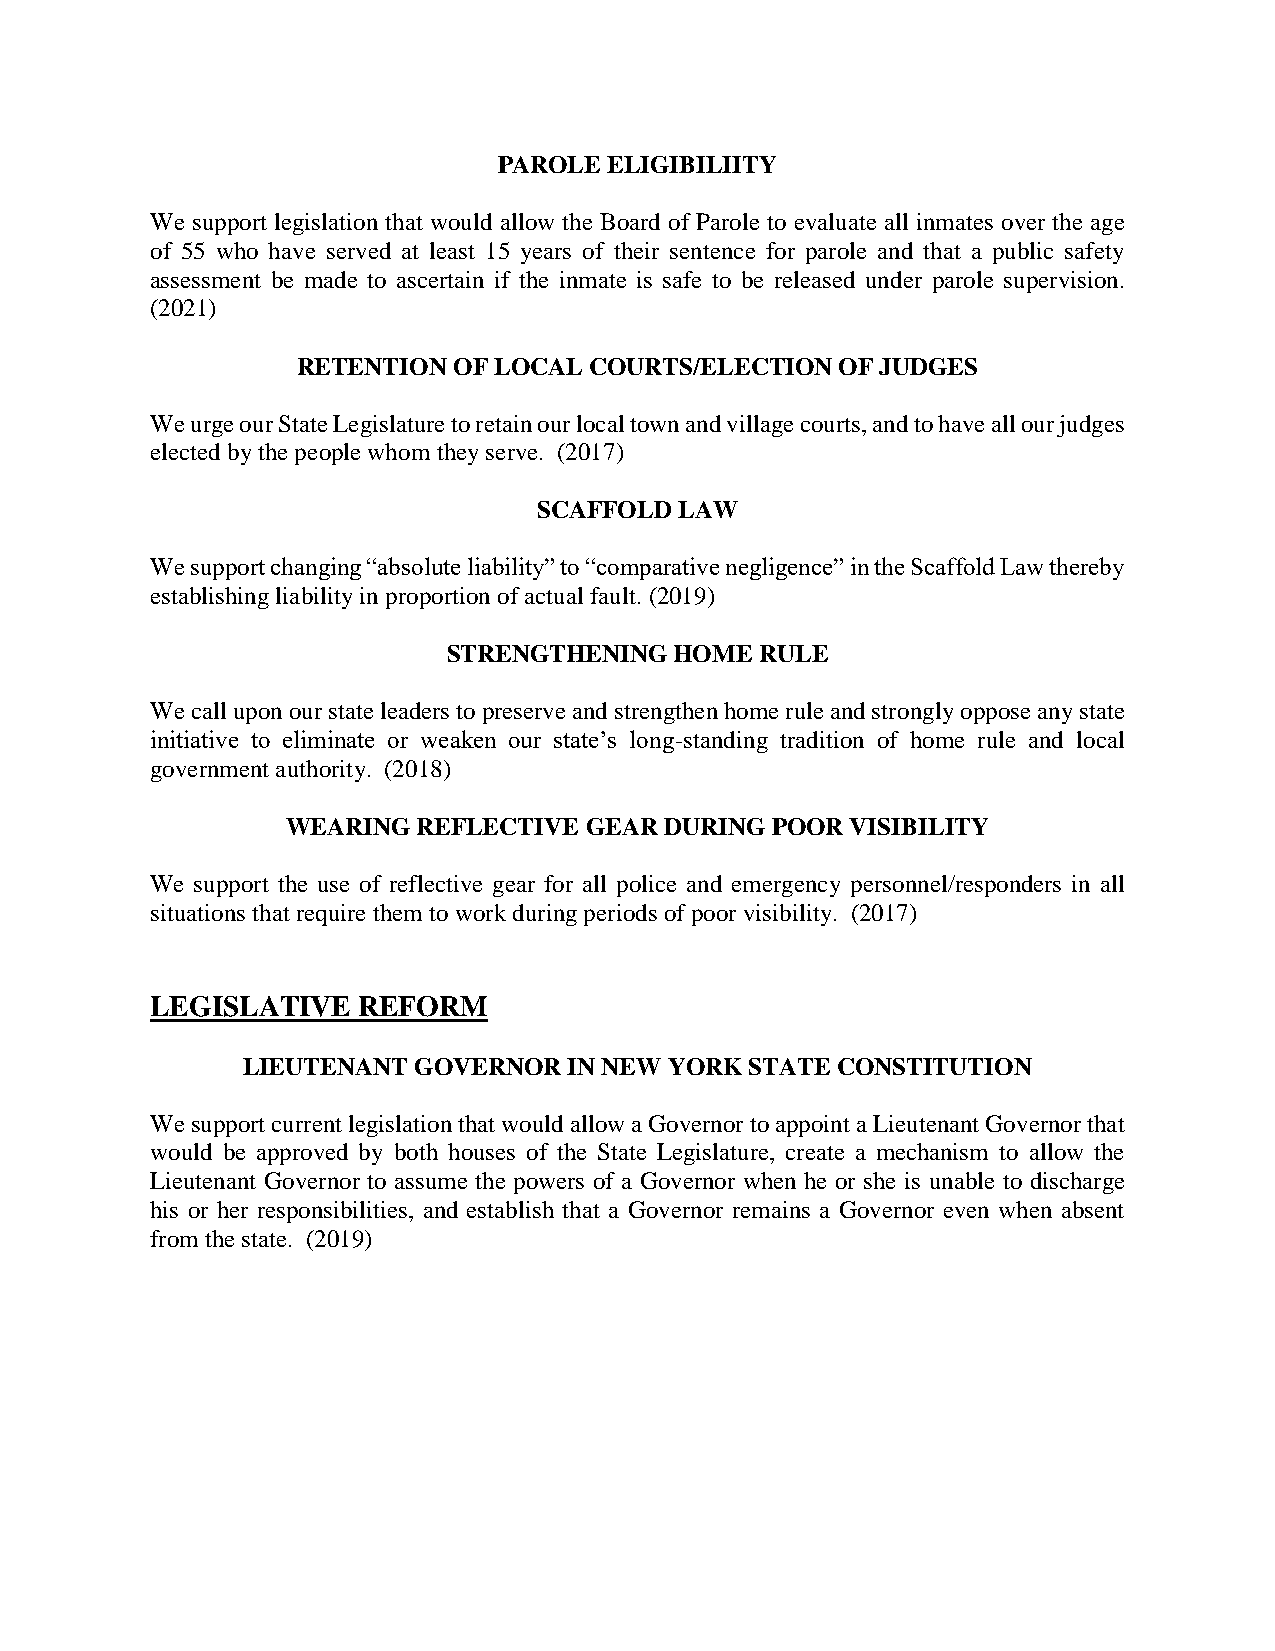
PAROLE ELIGIBILIITY
 We support legislation that would allow the Board of Parole to evaluate all inmates over the age
 of 55 who have served at least 15 years of their sentence for parole and that a public safety
 assessment be made to ascertain if the inmate is safe to be released under parole supervision.
 (2021)
 RETENTION OF LOCAL COURTS/ELECTION  OF JUDGES
 We urge our State Legislature to retain our local town and village courts, and to have all our judges
 elected by the people whom they serve. (2017)
 SCAFFOLD LAW
 We support changing “absolute liability” to “comparative negligence” in the Scaffold Law thereby
 establishing liability in proportion of actual fault. (2019)
 STRENGTHENING  HOME RULE
 We call upon our state leaders to preserve and strengthen home rule and strongly oppose any state
 initiative to eliminate or weaken our state’s long-standing tradition of home rule and local
 government authority. (2018)
 WEARING  REFLECTIVE GEAR DURING POOR VISIBILITY
 We support the use of reflective gear for all police and emergency personnel/responders in all
 situations that require them to work during periods of poor visibility. (2017)
 LEGISLATIVE   REFORM
 LIEUTENANT GOVERNOR   IN NEW YORK STATE CONSTITUTION
 We support current legislation that would allow a Governor to appoint a Lieutenant Governor that
 would be approved by both houses of the State Legislature, create a mechanism to allow the
 Lieutenant Governor to assume the powers of a Governor when he or she is unable to discharge
 his or her responsibilities, and establish that a Governor remains a Governor even when absent
 from the state. (2019)